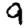
Digit: 9